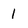
Character: 1